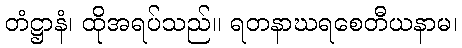
တံဋ္ဌာနံ၊ ထိုအရပ်သည်။ ရတနာဃရစေတီယနာမ၊